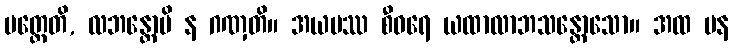
ပတ္ထေတိ, လဘန္တောပိ န ဂဏှတိ။ အယမဿ စီဝရေ ယထာလာဘသန္တောသော။ အထ ပန